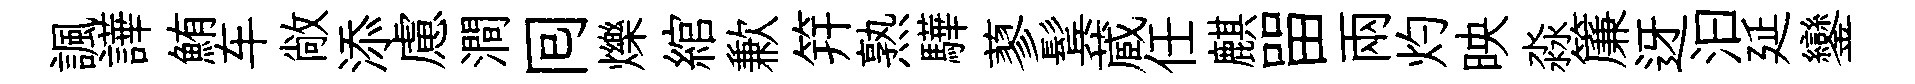
諷譁鮪车敞添慮澗囘爍綰歉笄熟驊蓼鬂蔵任麒㽞兩灼映淼簾迓汩延鑾